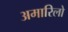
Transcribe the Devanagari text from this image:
अमारिलो